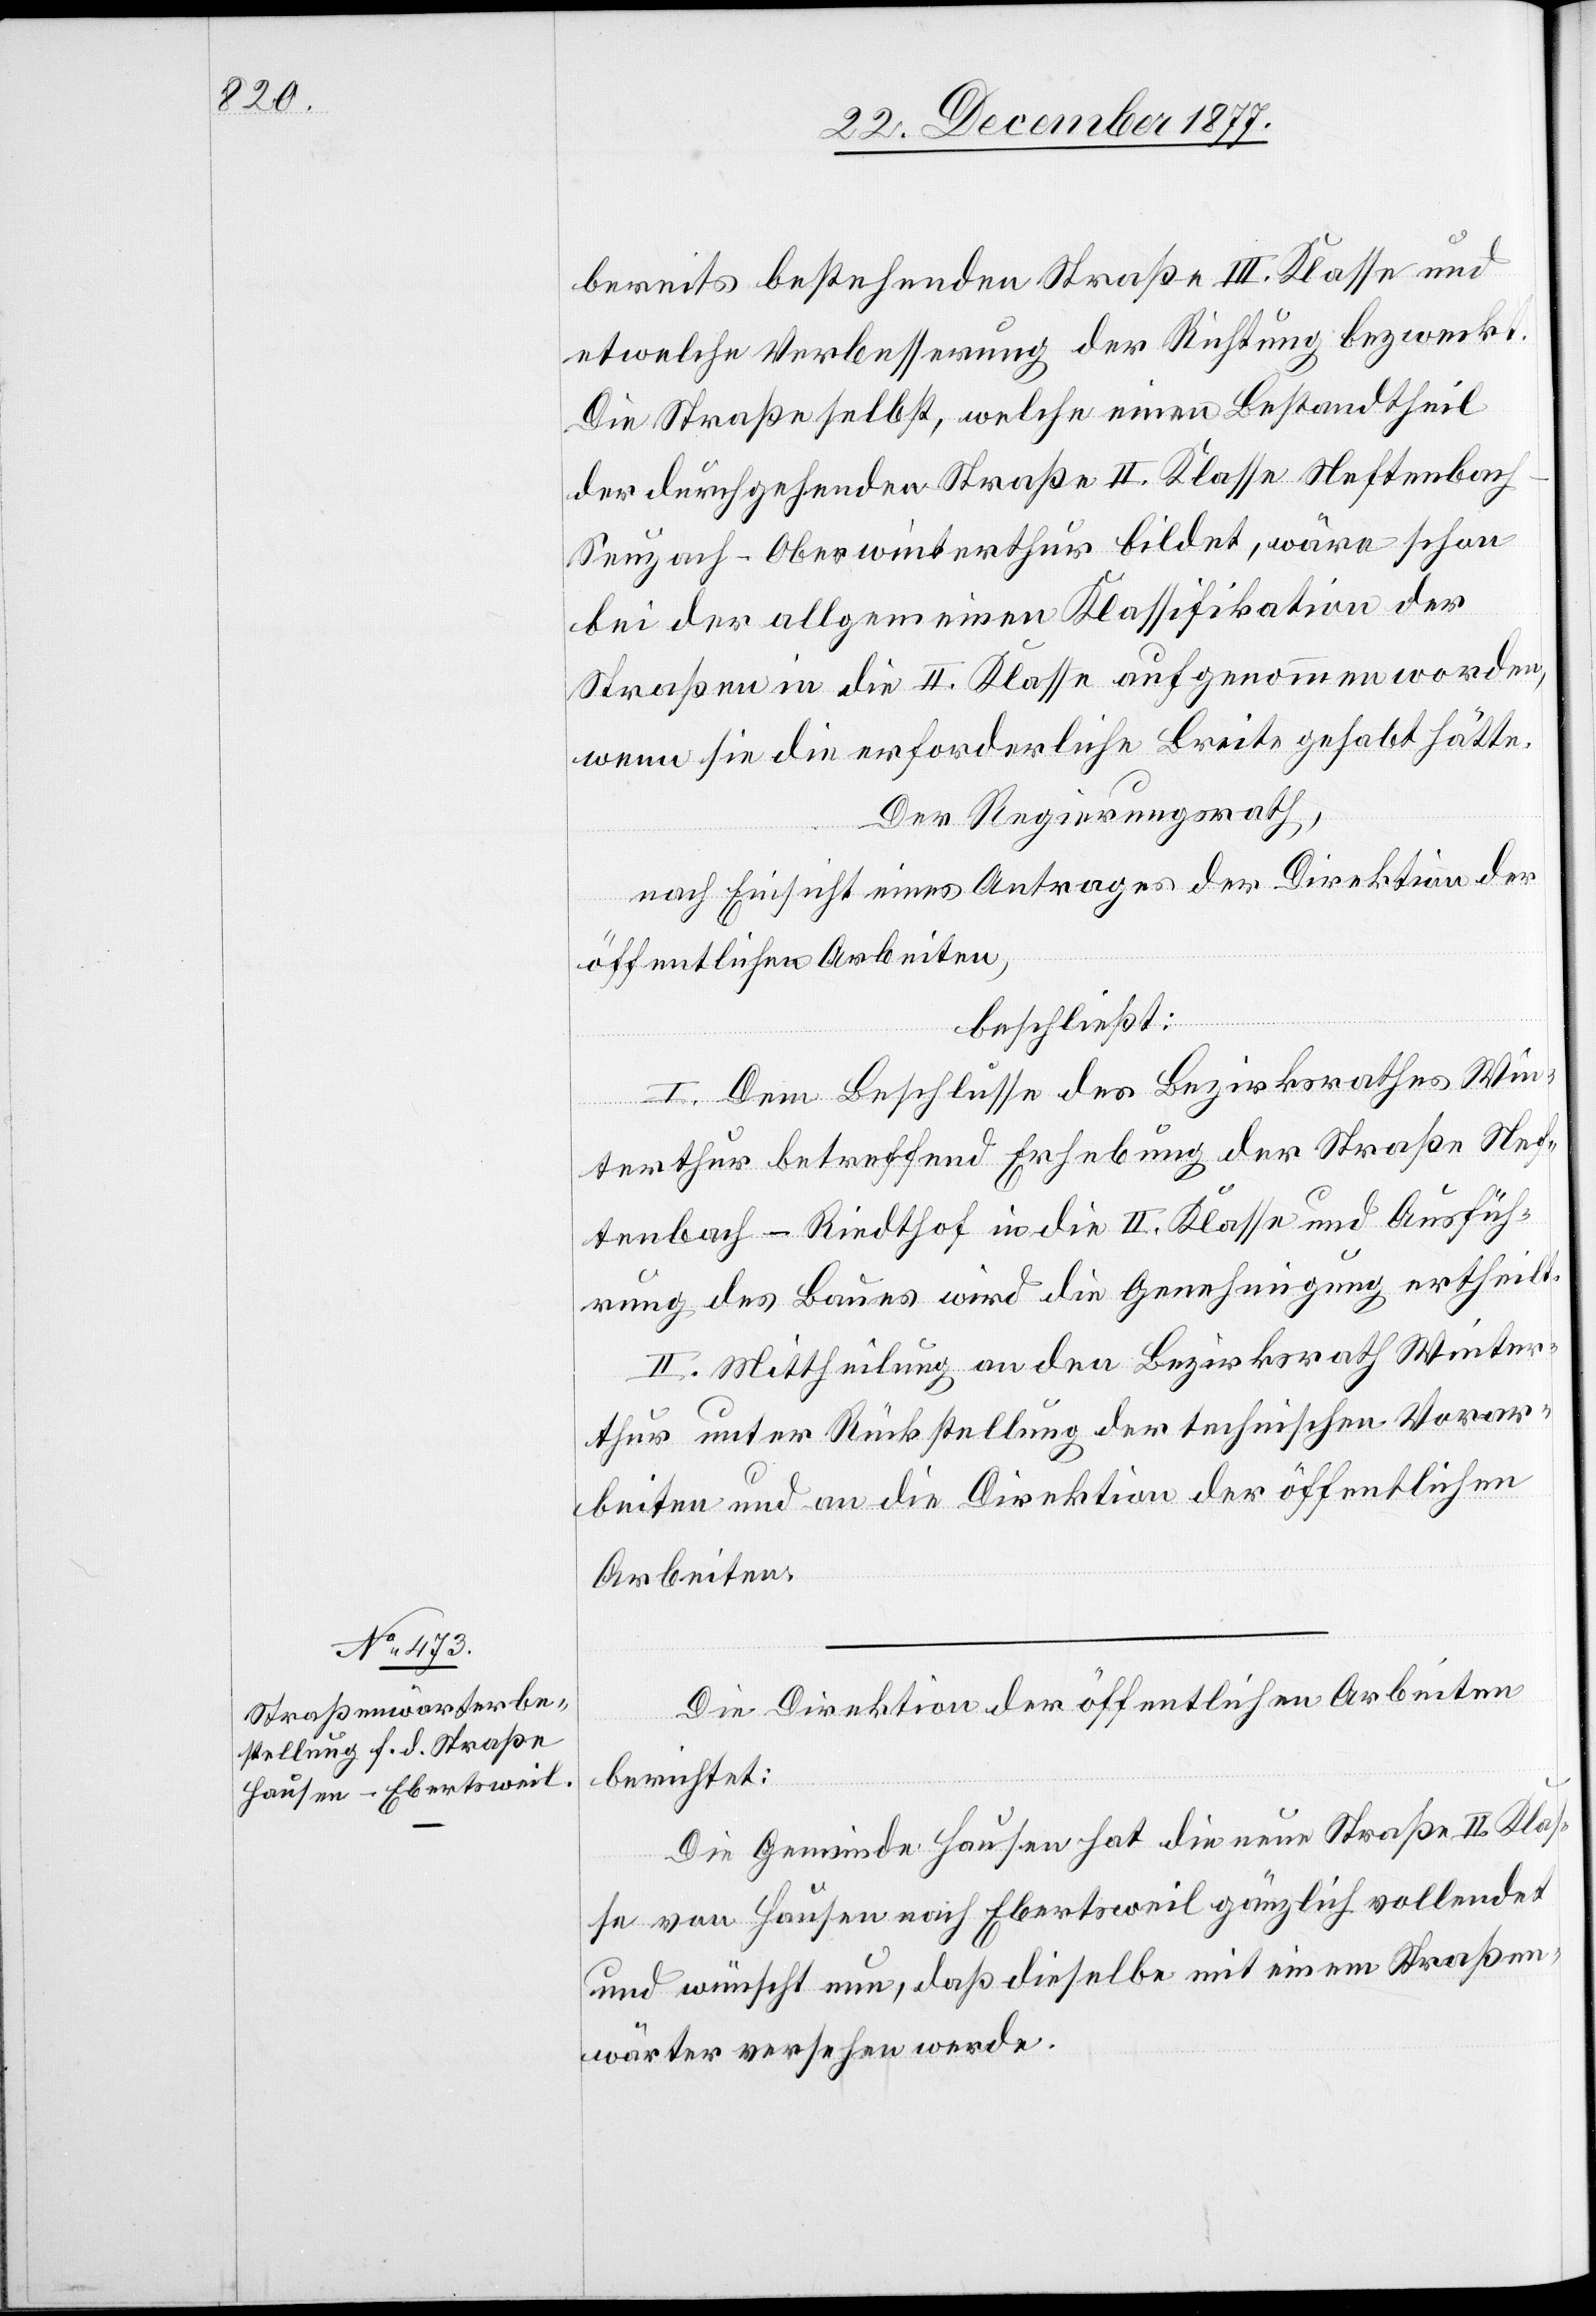
bereits bestehenden Straße III. Klasse und
etwelche Verbesserung der Richtung bezweckt.
Die Straße selbst, welche einen Bestandtheil
der durchgehenden Straße II. Klasse Neftenbac¬
h–Seuzach–Oberwinterthur bildet, wäre schon
bei der allgemeinen Klassifikation der
Straßen in die II. Klasse aufgenommen worden,
wenn sie die erforderliche Breite gehabt hätte.
Der Regierungsrath,
nach Einsicht eines Antrages der Direktion der
öffentlichen Arbeiten,
beschließt:
I. Dem Beschlusse des Bezirksrathes Win¬
terthur betreffend Erhebung der Straße Nef¬
tenbach–Riedthof in die II. Klasse und Ausfüh¬
rung des Baues wird die Genehmigung ertheilt.
II. Mittheilung an den Bezirksrath Winter¬
thur unter Rückstellung der technischen Vorar¬
beiten und an die Direktion der öffentlichen
Arbeiten.
Die Direktion der öffentlichen Arbeiten
berichtet:
Die Gemeinde Hausen hat die neue Straße II. Klas¬
se von Hausen nach Ebertsweil gänzlich vollendet
und wünscht nun, daß dieselbe mit einem Straßen¬
wärter versehen werde.